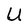
Character: U